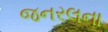
જનરલના